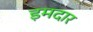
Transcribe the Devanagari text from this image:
इमदार